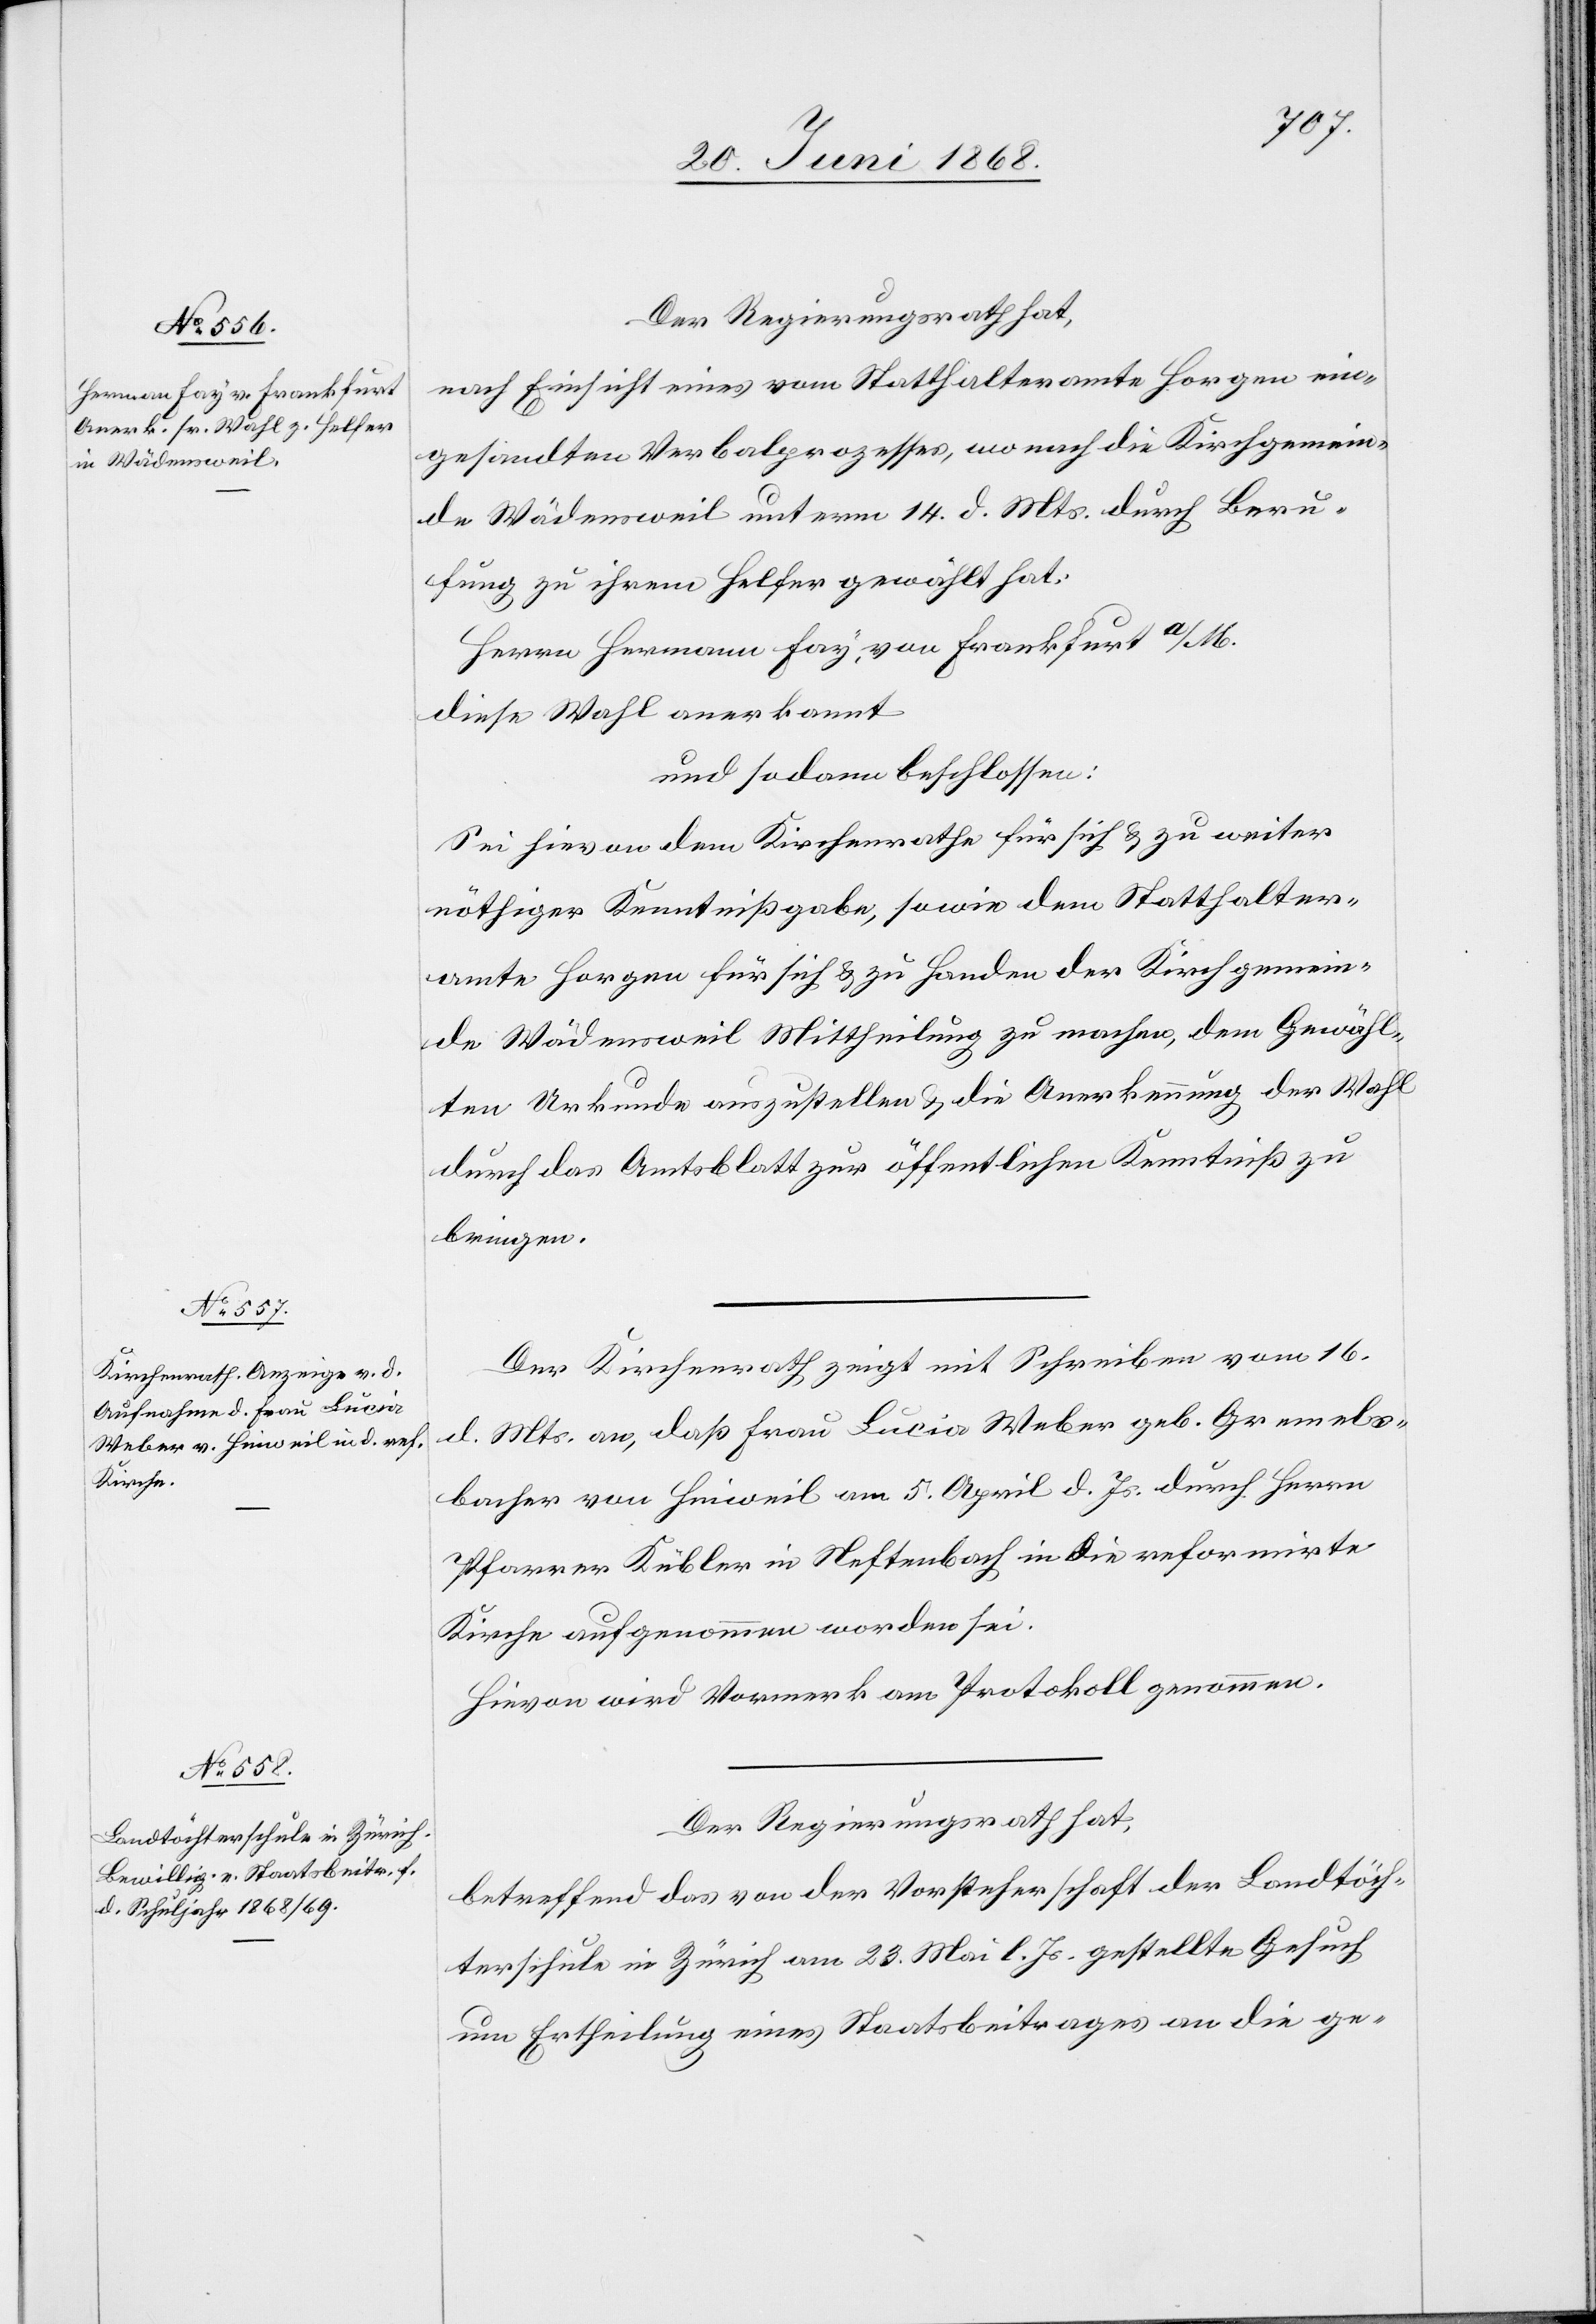
Der Regierungsrath hat,
nach Einsicht eines vom Statthalteramte Horgen ein¬
gesandten Verbalprozesses, wonach die Kirchgemein¬
de Wädensweil unterm 14. d. Mts. durch Beru¬
fung zu ihrem Helfer gewählt hat:
Herrn Hermann Fay, von Frankfurt a/M.
diese Wahl anerkannt
und sodann beschlossen:
Sei hievon dem Kirchenrathe für sich & zu weiter
nöthiger Kenntnißgabe, sowie dem Statthalter¬
amte Horgen für sich & zu Handen der Kirchgemein¬
de Wädensweil Mittheilung zu machen, dem Gewähl¬
ten Urkunde auszustellen & die Anerkennung der Wahl
durch das Amtsblatt zur öffentlichen Kenntniß zu
bringen.
Der Kirchenrath zeigt mit Schreiben vom 16.
d. Mts. an, daß Frau Lucia Weber geb. Gremels¬
bacher von Hinweil am 5. April d. Js. durch Herrn
Pfarrer Kübler in Neftenbach in die reformirte
Kirche aufgenommen worden sei.
Hievon wird Vormerk am Protokoll genommen.
Der Regierungsrath hat,
betreffend das von der Vorsteherschaft der Landtöch¬
terschule in Zürich am 23. Mai l. Js. gestellte Gesuch
um Ertheilung eines Staatsbeitrages an die ge-